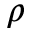
\rho